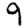
Digit: 9